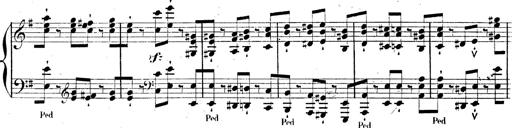
Title: AnnÃ©es de pÃ¨lerinage II, SupplÃ©ment
Composer: Franz Liszt